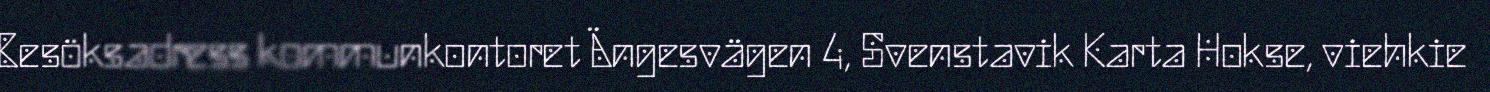
Besöksadress kommunkontoret Ängesvägen 4, Svenstavik Karta Hokse, viehkie